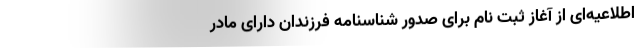
اطلاعیه‌ای از آغاز ثبت نام برای صدور شناسنامه فرزندان دارای مادر